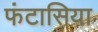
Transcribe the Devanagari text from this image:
फंटासिया